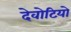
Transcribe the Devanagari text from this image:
देवोटियो